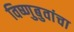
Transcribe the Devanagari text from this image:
विष्णुबुवांचा